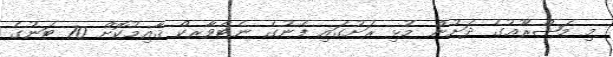
މި މަޝްރޫޢުގެ ދަށުން މުޅި ރަށުގައި ފެނުގެ ނެޓްވާރކް ޤާއިމުކޮށް 70 ޓަނުގެ